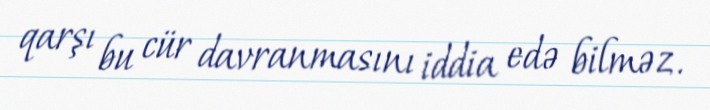
qarşı bu cür davranmasını iddia edə bilməz.